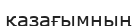
қазағымның